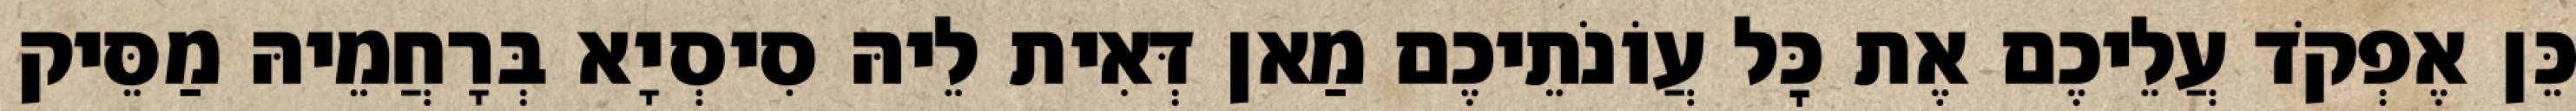
כֵּן אֶפְקֹד עֲלֵיכֶם אֶת כׇּל עֲוֹנֹתֵיכֶם מַאן דְּאִית לֵיהּ סִיסְיָא בְּרָחֲמֵיהּ מַסֵּיק